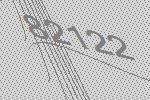
82122